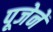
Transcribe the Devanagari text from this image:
पूजेनें